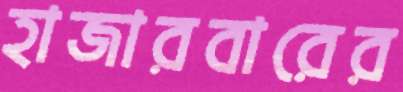
হাজারবারের